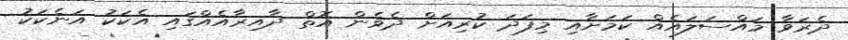
ދެރަވާ މައްސަލައެއް ކަމަށާއި މިފަދަ ކުރިއަށް ދެވެން އޮތް ދާއިރާއެއްގައި އެކަކު އަނެކަކު